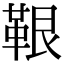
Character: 鞎